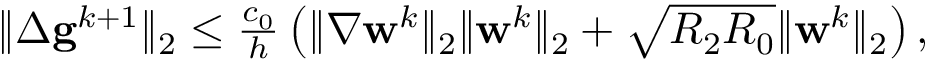
\begin{array} { r } { \| \Delta \mathbf { g } ^ { k + 1 } \| _ { 2 } \leq \frac { c _ { 0 } } { h } \left( \| \nabla \mathbf { w } ^ { k } \| _ { 2 } \| \mathbf { w } ^ { k } \| _ { 2 } + \sqrt { R _ { 2 } R _ { 0 } } \| \mathbf { w } ^ { k } \| _ { 2 } \right) , } \end{array}